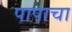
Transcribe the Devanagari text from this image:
पापाचा